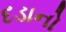
દડાનો